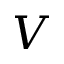
V